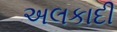
અલકાદી